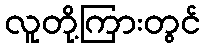
လူတို့ကြားတွင်